Annual report of the Bengal Veterinary College and of the Civil Veterinary Department, Bengal, for the year 1918-19 - 1918-1919
Year: 1918
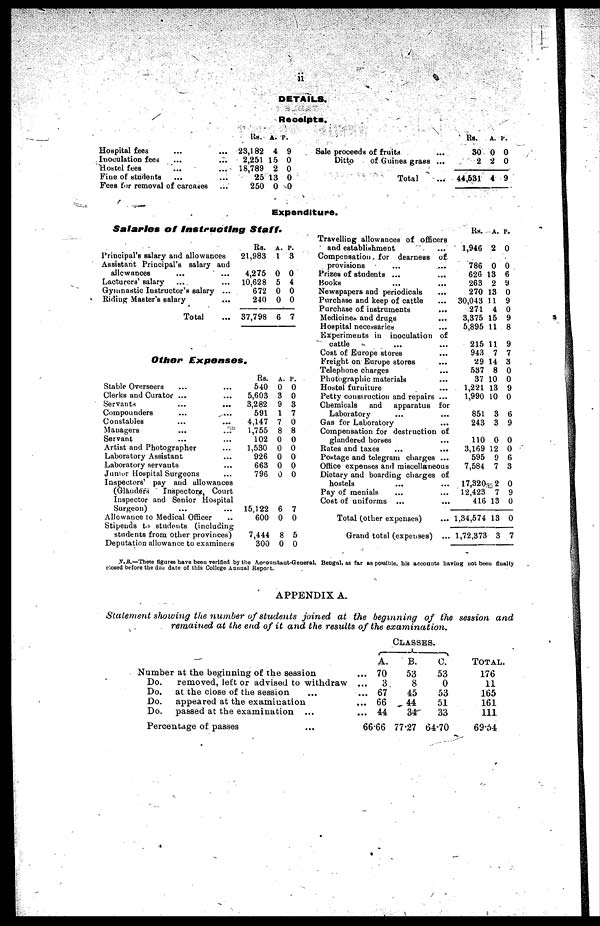
II
DETAILS.
Receipts.
Hospital fees ... ...
Inoculation fees ... ...
Hostel fees ... ...
Fine of students ... ...
Fees for removal of carcases ...
Rs. A. P.
23,182 4 9
2,251 15 0
18,789 2 0
25 13 0
250 0 0
Sale proceeds of fruits ...
Ditto
of Guinea grass ...
Total ...
Rs. A. P.
30 0 0
2 2 0
44,531 4 9
Expenditure.
Salaries of Instructing
Staff.
Principal's salary and allowances
Assistant Principal's salary and
allowances ... ...
Lacturers' salary ... ...
Gymnastic Instructor's salary ...
Riding Master's salary ...
Total ...
Rs.
A. P.
21,983 1 3
4,275 0 0
10,628 5 4
672 0 0
240 0 0
37,798 6 7
Other
Expenses.
Stable Overseers ... ...
Clerks and Curator ... ...
Servants
...
...
Compounders
Constables
Managers
Servant
Artist and Photographer
Laboratory Assistant
Laboratory servants
Junior Hospital Surgeons ...
Inspectors' pay and allowances
(Glanders
Inspectors, Court
Inspector and Senior Hospital
Surgeon)
Allowance to Medical Officer
Stipends to students (including
students from other provinces)
Deputation allowance to examiners
Rs.
A. P.
540 0 0
5,603 3 0
3,282 9 3
591 1 7
4,147 7 0
1,755 8 8
102 0 0
1,530 0 0
926 0 0
663 0 0
796 0 0
15,122 6 7
600 0 0
7,444 8 5
300 0 0
Travelling allowances of officers
and establishment ...
Compensation for dearness of
provisions ... ...
Prizes of students ... ...
Books ... ...
Newspapers and periodicals ...
Purchase and keep of cattle ...
Purchase of instruments
...
Medicines and drugs ...
Hospital necessaries ...
Experiments in inoculation of
cattle ... ...
Cost of Europe stores ...
Freight on Europe stores ...
Telephone charges ...
Photographic materials ...
Hostel furniture ...
Petty construction and repairs ...
Chemicals and apparatus for
Laboratory ... ...
Gas for Laboratory ...
Compensation for destruction of
glandered horses ...
Rates and taxes ... ...
Postage and telegram charges ...
Office expenses and miscellaneous
Dietary and boarding charges of
hostels ... ...
Pay of menials ... ...
Cost of uniforms ... ...
Total (other expenses) ...
Grand total (expenses) ...
Rs. A. P.
1,946 2 0
786 0 0
626 13 6
263 2 9
270 13 0
30,043 11 9
271 4 0
3,375 15 9
5,895 11 8
215 11 9
943 7 7
29 14 3
537 8 0
37 10 0
1,221 13 9
1,990 10 0
851 3 6
243 3 9
110 0 0
3,169 12 0
595 9 6
7,584 7 3
17,320 2 0
12,423 7 9
416 13 0
1,34,574 13 0
1,72,373 3 7
N.B.—These figures have been verified by the Accountant-General, Bengal, as far as possible, his accounts having not been filially
closed before the due date of this College Annual Report.
APPENDIX A.
Statement showing the number of students joined at the beginning of the session and
remained at the end of it and the results of the
examination.
Number
at the beginning of the session
Do.
Do.
Do.
Do.
removed, left or advised to withdraw
at the close of the session ...
appeared at the examination
passed at the examination ...
Percentage of passes ...
CLASSES.
A.
... 70
...
3
... 67
... 66
... 44
66.66
B.
53
8
45
44
34
77.27
C.
53
0
53
51
33
64.70
TOTAL.
176
11
165
161
111
69.54